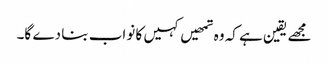
مجھے یقین ہے کہ وہ تمھیں کہیں کا نواب بنا دے گا۔